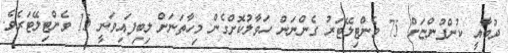
ދުބާއީ ކުންފުންޏަށް 75 ވެންޓިލޭޓަރު ގެންނަން ހަވާލުކޮށްގެން މިހާތަނަށް ލިބިފައިވަނީ 15 ވެންޓިލޭޓަރެވެ.